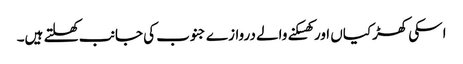
اسکی کھڑکیاں اور کھسکنے والے دروازے جنوب کی جانب کھلتے ہیں۔